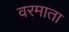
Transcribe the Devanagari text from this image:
वरमाता